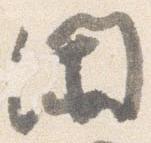
閑